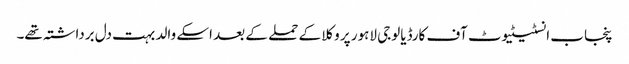
پنجاب انسٹیٹیوٹ آف کارڈیالوجی لاہور پر وکلا کے حملے کے بعد اسکے والد بہت دل برداشتہ تھے۔